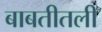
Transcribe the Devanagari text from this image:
बाबतीतली